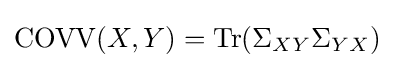
\operatorname {COVV} (X,Y)=\operatorname {Tr} (\Sigma _{XY}\Sigma _{YX})